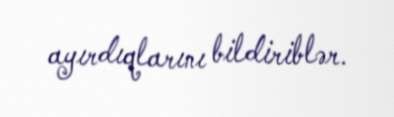
ayırdıqlarını bildiriblər.